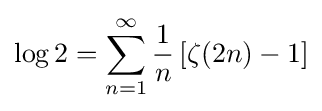
\log 2=\sum _{n=1}^{\infty }{\frac {1}{n}}\left[\zeta (2n)-1\right]